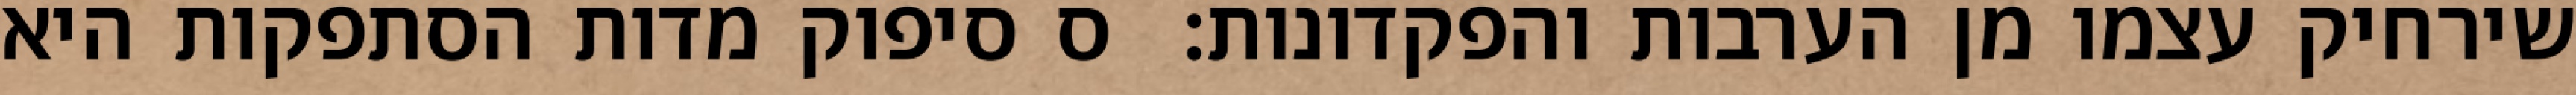
שירחיק עצמו מן הערבות והפקדונות:  ס סיפוק מדות הסתפקות היא